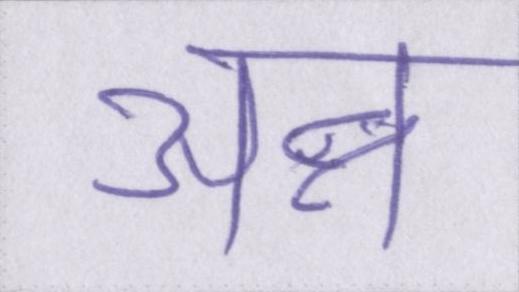
अन्न